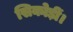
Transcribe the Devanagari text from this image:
सिकोड़ीं।